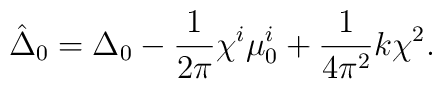
\hat{\Delta}_{0} = \Delta_0 - \frac{1}{2 \pi}\chi^{i} \mu_0^i + \frac{1}{4 \pi^2}k\chi^2.